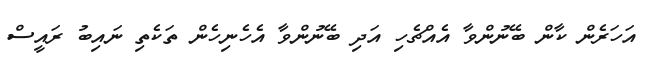
އަހަރެން ކާން ބޭނުންވާ އެއްޗެހި އަދި ބޭނުންވާ އެހެނިހެން ތަކެތި ނައިބު ރައީސް